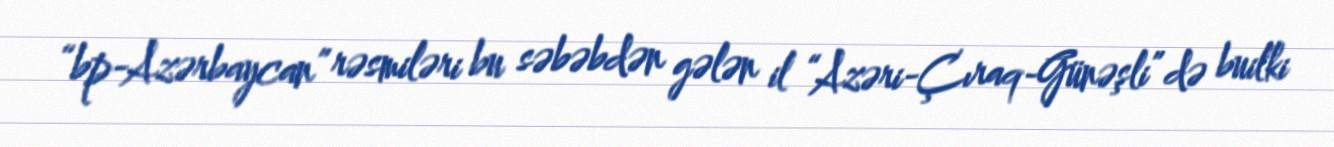
“bp-Azərbaycan” rəsmiləri bu səbəbdən gələn il “Azəri-Çıraq-Günəşli” də builki